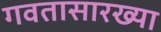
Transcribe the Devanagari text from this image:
गवतासारख्या